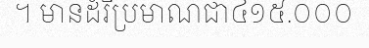
។ មានដំរីប្រមាណជា៤១៥.០០០